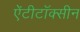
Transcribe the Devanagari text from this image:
ऐंटीटॉक्सीन